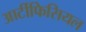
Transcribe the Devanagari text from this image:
आर्टीफिसियल